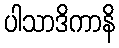
ပါသာဒိကာနိ